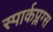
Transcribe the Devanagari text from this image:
स्पार्कप्लग्स